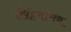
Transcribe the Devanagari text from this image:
सिंहमानव